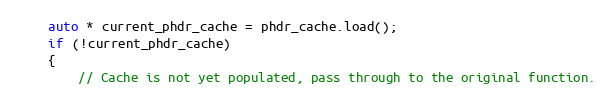
Language: C++
    auto * current_phdr_cache = phdr_cache.load();
    if (!current_phdr_cache)
    {
        // Cache is not yet populated, pass through to the original function.